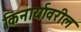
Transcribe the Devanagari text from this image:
किनार्यावरील